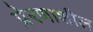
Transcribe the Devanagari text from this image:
प्रेरणाशील